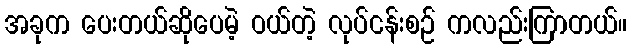
အခုက ပေးတယ်ဆိုပေမဲ့ ဝယ်တဲ့ လုပ်ငန်းစဉ် ကလည်းကြာတယ်။